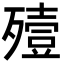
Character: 殪